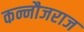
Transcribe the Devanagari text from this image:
कन्नौजराज